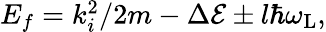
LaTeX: \begin{array}{r}{E_{f}=k_{i}^{2}/2m-\Delta{\cal E}\pm l\hbar\omega_{\mathrm{L}},}\end{array}